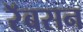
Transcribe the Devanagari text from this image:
रॅबसन